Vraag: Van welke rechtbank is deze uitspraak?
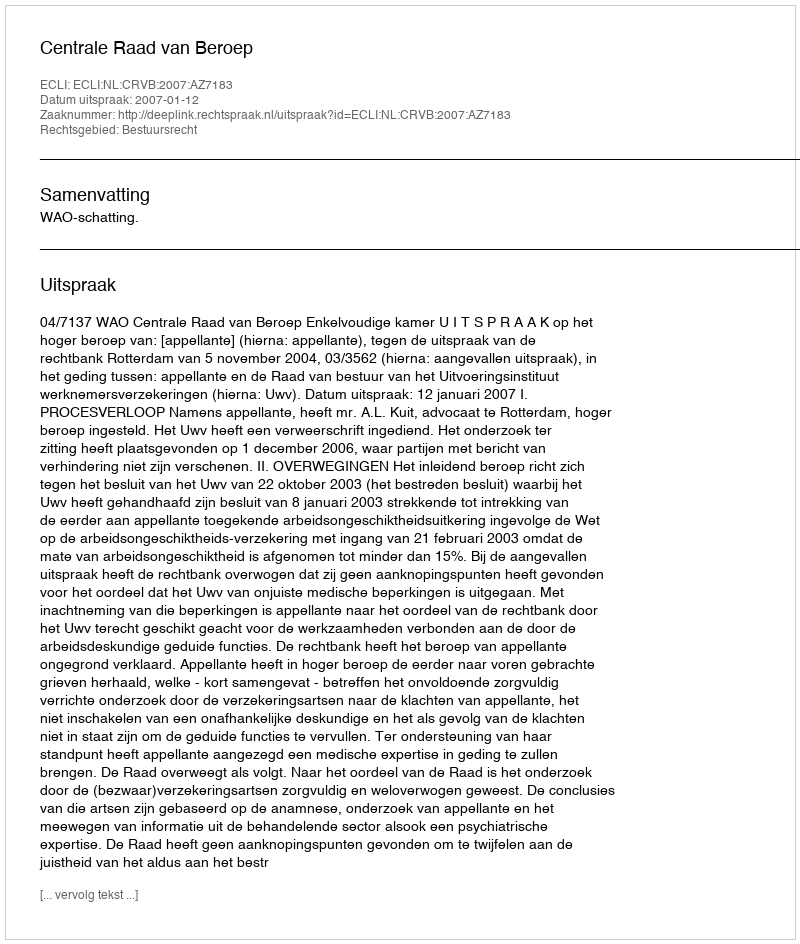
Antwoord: Centrale Raad van Beroep